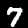
Digit: 7